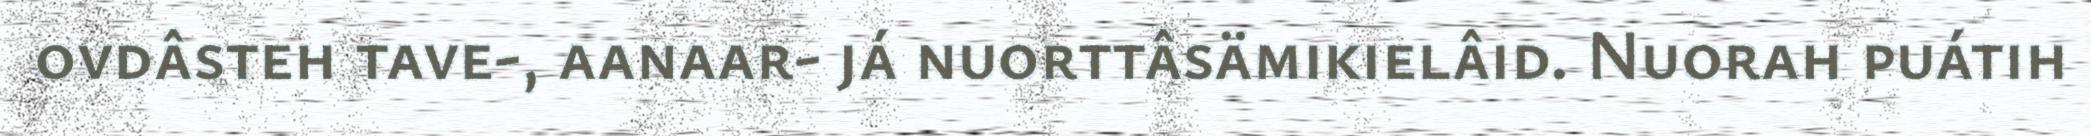
ovdâsteh tave-, aanaar- já nuorttâsämikielâid. Nuorah puátih